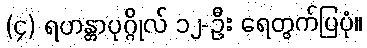
(၄) ရဟန္တာပုဂ္ဂိုလ် ၁၂-ဦး ရေတွက်ပြပုံ။